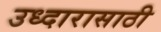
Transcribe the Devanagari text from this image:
उध्दारासाठी